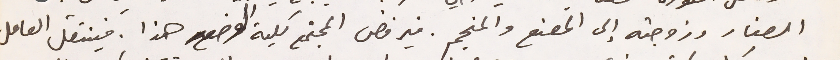
الصغار وزوجته إلى المصنع والمنجم. فيرفض المجتمع كلية الوضع هذا. فينتقل العامل